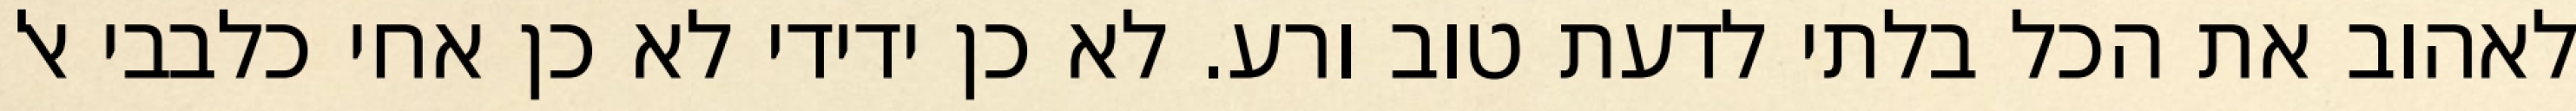
לאהוב את הכל בלתי לדעת טוב ורע. לא כן ידידי לא כן אחי כלבבי אל